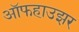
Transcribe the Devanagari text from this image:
ऑफहाउझर